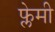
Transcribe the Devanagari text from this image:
फ्लेमी